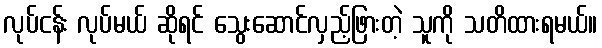
လုပ်ငန်း လုပ်မယ် ဆိုရင် သွေးဆောင်လှည့်ဖြားတဲ့ သူကို သတိထားရမယ်။